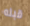
قبله